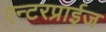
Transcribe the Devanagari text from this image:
एन्टरप्राईज